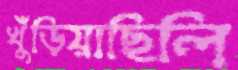
খুঁড়িয়াছিলি